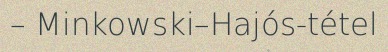
– Minkowski–Hajós-tétel